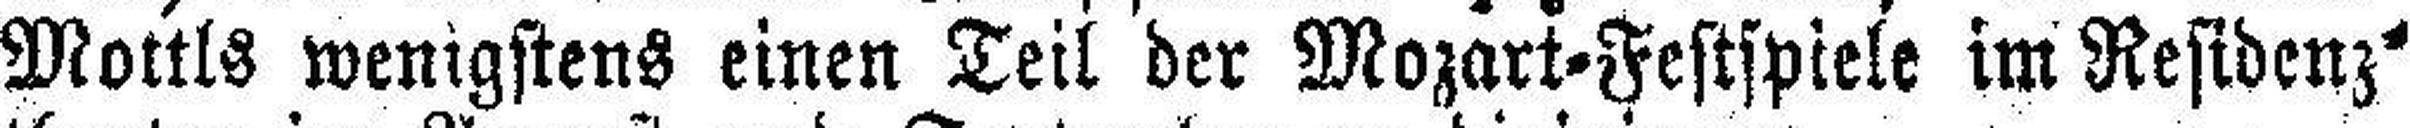
Mottls wenigstens einen Teil der Mozart-Festspiele im Residenz